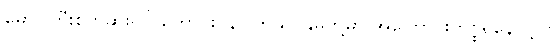
မောင်ကြီးစိတ်ဆိုးရင် တောင်းပန်ပါတယ်၊ နှမတို့မှာ အကြောင်းကိစ္စရှိနေလို့ပါ။